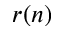
r ( n )